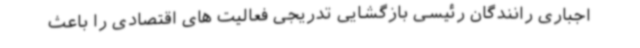
اجباری رانندگان رئیسی بازگشایی تدریجی فعالیت های اقتصادی را باعث